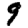
Digit: 9